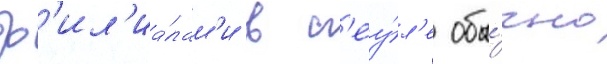
ф'ил'иа́лам'и в с'еу́л'е обы́чно